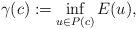
LaTeX: \begin{align*} \gamma(c):=\inf_{u \in P(c)} E(u),\end{align*}